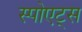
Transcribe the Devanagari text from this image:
स्पोएट्स